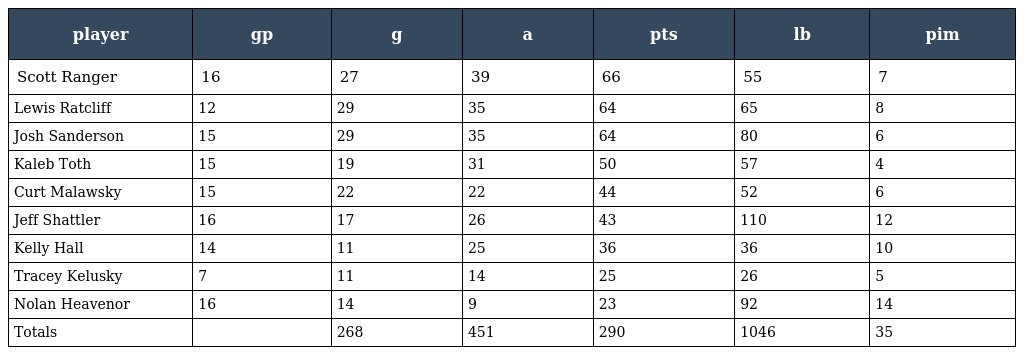
| player | gp | g | a | pts | lb | pim |
 | --- | --- | --- | --- | --- | --- | --- |
 | Scott Ranger | 16 | 27 | 39 | 66 | 55 | 7 |
 | Lewis Ratcliff | 12 | 29 | 35 | 64 | 65 | 8 |
 | Josh Sanderson | 15 | 29 | 35 | 64 | 80 | 6 |
 | Kaleb Toth | 15 | 19 | 31 | 50 | 57 | 4 |
 | Curt Malawsky | 15 | 22 | 22 | 44 | 52 | 6 |
 | Jeff Shattler | 16 | 17 | 26 | 43 | 110 | 12 |
 | Kelly Hall | 14 | 11 | 25 | 36 | 36 | 10 |
 | Tracey Kelusky | 7 | 11 | 14 | 25 | 26 | 5 |
 | Nolan Heavenor | 16 | 14 | 9 | 23 | 92 | 14 |
 | Totals |  | 268 | 451 | 290 | 1046 | 35 |